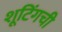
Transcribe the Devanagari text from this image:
शूटिंगची